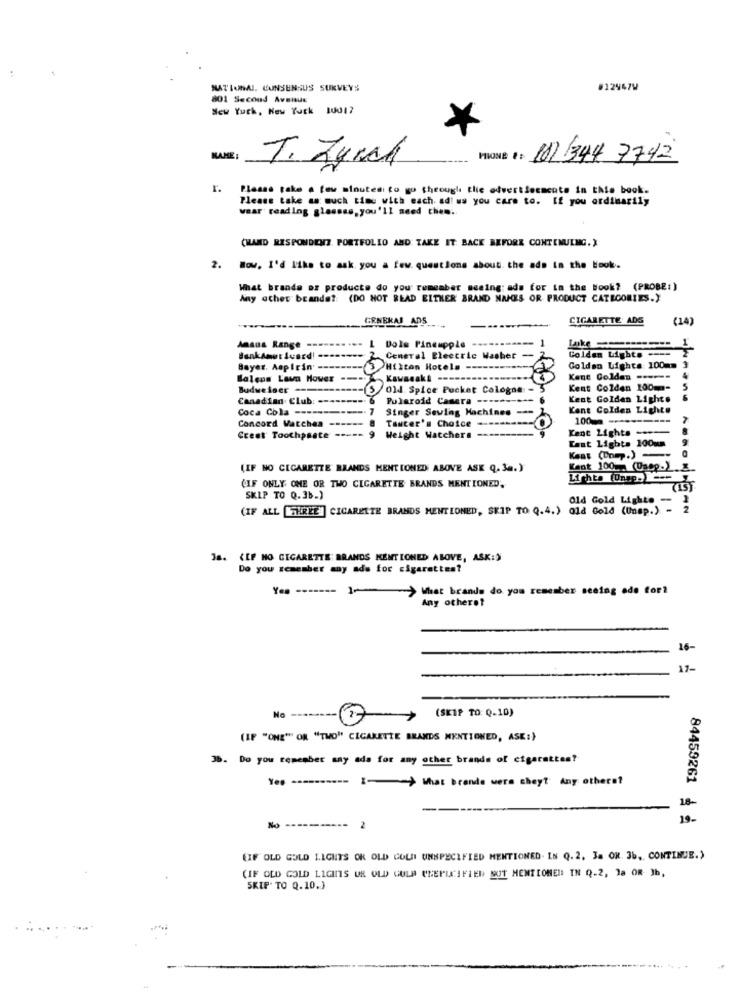
MATIONAL. CONSENSUS SURVEYS
#12947W
801 Second Avenue
New York, New York 10017
NAME:
(1) /344 7742
T. Zurch
r.
Please take . few minutesi to go through the advertisements in this book.
Please take as much time with each ad! ws you care to. If you ordinarily
wear reading glasses, you'll need them.
(HAND RESPONDENT. PORTFOLIO AND TAKE IT BACK BEFORE CONTINUING. )
Wow. I'd like to ask you a few questions about. the ads in the look.
What brande or products do you remember meaing: ads for in the Book? (PROBE:)
Any other brands ?: (DO NOT READ EITHER BRAND NAMES OR PRODUCT CATEGORIES.)
GENERAL ADS
CIGARETTE ADG
(14)
Ansus Range --
1 Dole Pineapple
General Electric Masher
-
Golden Lights ----
Bayer. Aspirin' ---
3Hilton Hotels ---
Golden Lights: 100mm 3
Solens Lawn Mower
Kawasaki ------
Kent Golden ------
4
Budweiser ----
Old Spice Pocket Cologne -
Kent Colden 100ma- 5
Canadian Club: --
Polaroid Camera --*
Kent Golden Lights
6
Coca Cola ------
Singer Sewing Machines -
Kent Golden Lights
Tancer's Choice
100-
Concord Watches
Kent Lights ---- 8
Crest Toothpaste
Weight Watchers -
Tant Lights 100mg
(IF NO CIGARETTE BRANDS MENTIONED ABOVE ASK Q. 3a.)
Kent 100 (Oupp.)
Lichte (Unep.)
(IF ONLY ONE OR TWO CIGARETTE BRANDS MENTIONED',
SKIP TO 0.3b.)
(IF ALL [THREE ] CIGARETTE BRANDS MENTIONED, SKIP TO Q.4.) old Gold (Unsp.) - 2
Old Gold Lighte-
38. {IF NO CIGARETTE: BRANDS MENTIONED ABOVE, ASK:)
Do you remember any ads for cigarettes?
Yo ------- 1
>What brands do you remember seeing ade for?
Any otherof
16-
17-
(SKIP TO: Q.10)
No ----
77
(IF "ONE" OR "TWO" CIGARETTE BRANDS MENTIONED, ASK:)
36. Do you remember any ada for any other brands of cigarettes?
Yes -[> What brands were chey? Any others?
-
18-
19-
84459261 ₫ à
2
(IF OLD GOLD LIGHTS OK OLD GOLD UNSPECIFIED MENTIONED. IN Q. 2. Ja OK. 3b ,, CONTINUE.)
(IF OLD GOLD LIGHTS UR OLD GULP CHEPUCIFIED NOT MENTIONED IN Q.2, la OR Ih,
SKIP TO Q.10.)